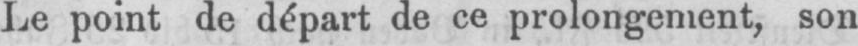
Le point de départ de ce prolongement, son